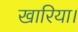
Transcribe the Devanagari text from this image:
खारिया।